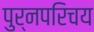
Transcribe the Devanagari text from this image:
पुर्नपरिचय